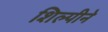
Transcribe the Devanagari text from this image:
शिल्पीने